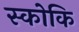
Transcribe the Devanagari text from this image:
स्कोकि